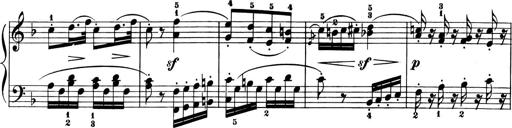
Title: 6 Piano Sonatinas
Composer: Cornelius Gurlitt